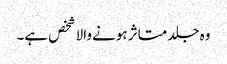
وہ جلد متاثر ہونے والا شخص ہے۔